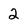
Character: 2